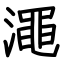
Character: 澠